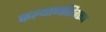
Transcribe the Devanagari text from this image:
कल्याणशिवरूप